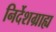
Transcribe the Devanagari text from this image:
निर्देशग्राह्य